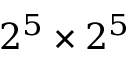
2 ^ { 5 } \times 2 ^ { 5 }